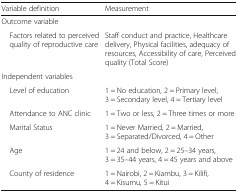
<table><thead><tr><td><b>Variable definition</b></td><td><b>Measurement</b></td></tr></thead><tbody><tr><td colspan="2">Outcome variable</td></tr><tr><td> Factors related to perceived quality of reproductive care</td><td>Staff conduct and practice, Healthcare delivery, Physical facilities, adequacy of resources, Accessibility of care, Perceived quality (Total Score)</td></tr><tr><td colspan="2">Independent variables</td></tr><tr><td> Level of education</td><td>1 = No education, 2 = Primary level, 3 = Secondary level, 4 = Tertiary level</td></tr><tr><td> Attendance to ANC clinic</td><td>1 = Two or less, 2 = Three times or more</td></tr><tr><td> Marital Status</td><td>1 = Never Married, 2 = Married, 3 = Separated/Divorced, 4 = Other</td></tr><tr><td> Age</td><td>1 = 24 and below, 2 = 25–34 years, 3 = 35–44 years, 4 = 45 years and above</td></tr><tr><td> County of residence</td><td>1 = Nairobi, 2 = Kiambu, 3 = Kilifi, 4 = Kisumu, 5 = Kitui</td></tr></tbody></table>